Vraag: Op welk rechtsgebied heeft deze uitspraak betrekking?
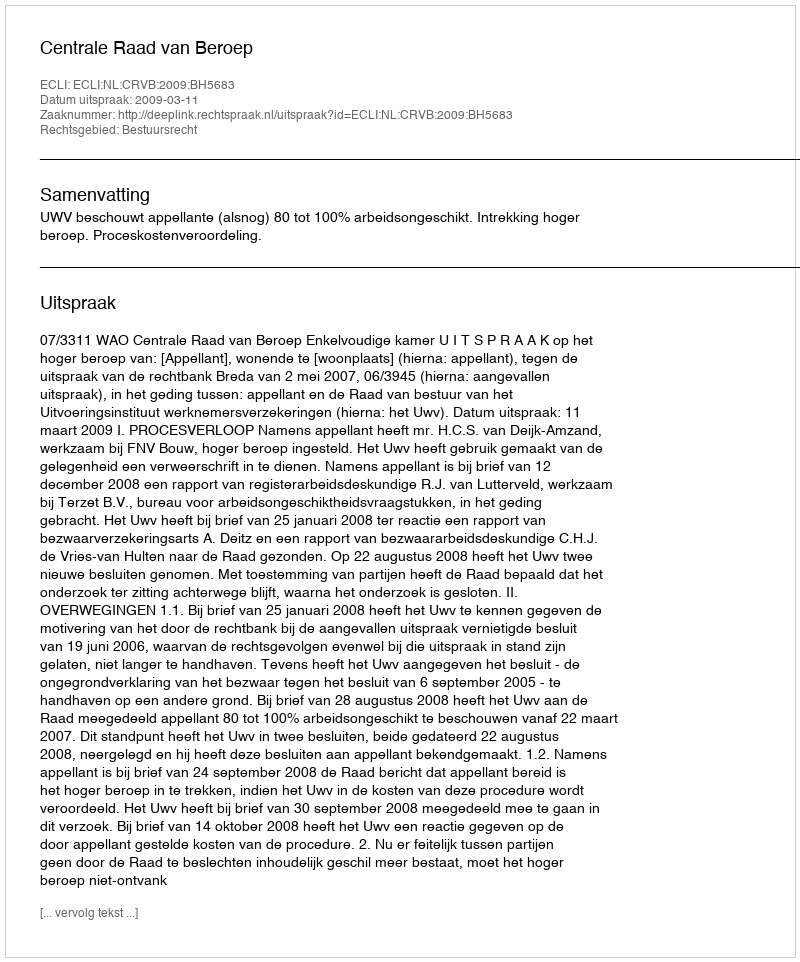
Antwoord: Bestuursrecht